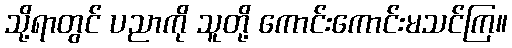
သို့ရာတွင် ပညာကို သူတို့ ကောင်းကောင်းမသင်ကြ။